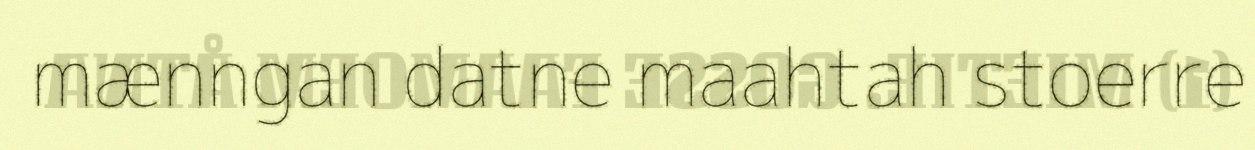
mænngan datne maahtah stoerre